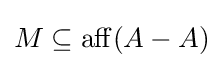
M\subseteq \operatorname {aff} (A-A)